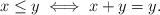
LaTeX: \begin{align*}x \leq y \iff x+y=y.\end{align*}